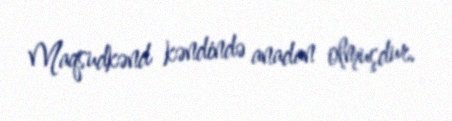
Maqsudkənd kəndində anadan olmuşdur.